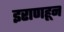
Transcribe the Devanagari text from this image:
इराणहून